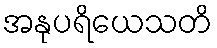
အနုပရိယေသတိ